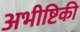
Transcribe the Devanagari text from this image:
अभीष्टिकी